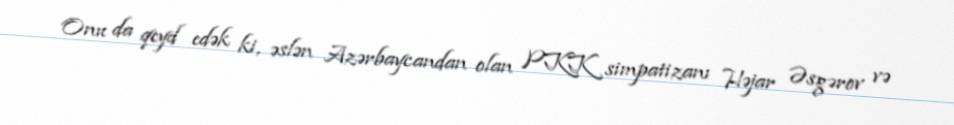
Onu da qeyd edək ki, əslən Azərbaycandan olan PKK simpatizanı Həjar Əsgərov və